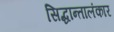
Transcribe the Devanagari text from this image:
सिद्धान्तालंकार